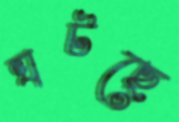
ঘটছে